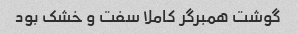
گوشت همبرگر کاملا سفت و خشک بود